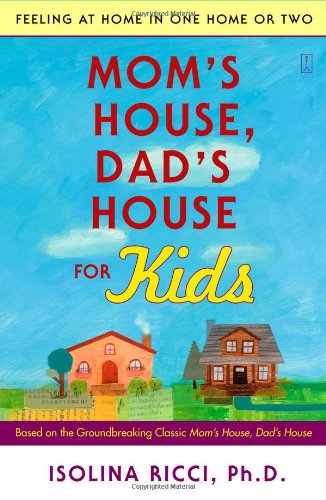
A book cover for Mom's House, Dad's House for Kids: Feeling at Home in One Home or Two; Isolina Ricci Ph.D.; Parenting & Relationships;